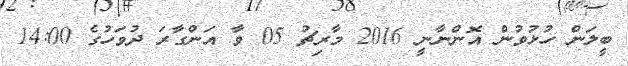
ބީލަން ހުޅުވުން އޮންނާނީ 2016 މާރިޗު 05 ވާ އަންގާރަ ދުވަހުގެ 14:00